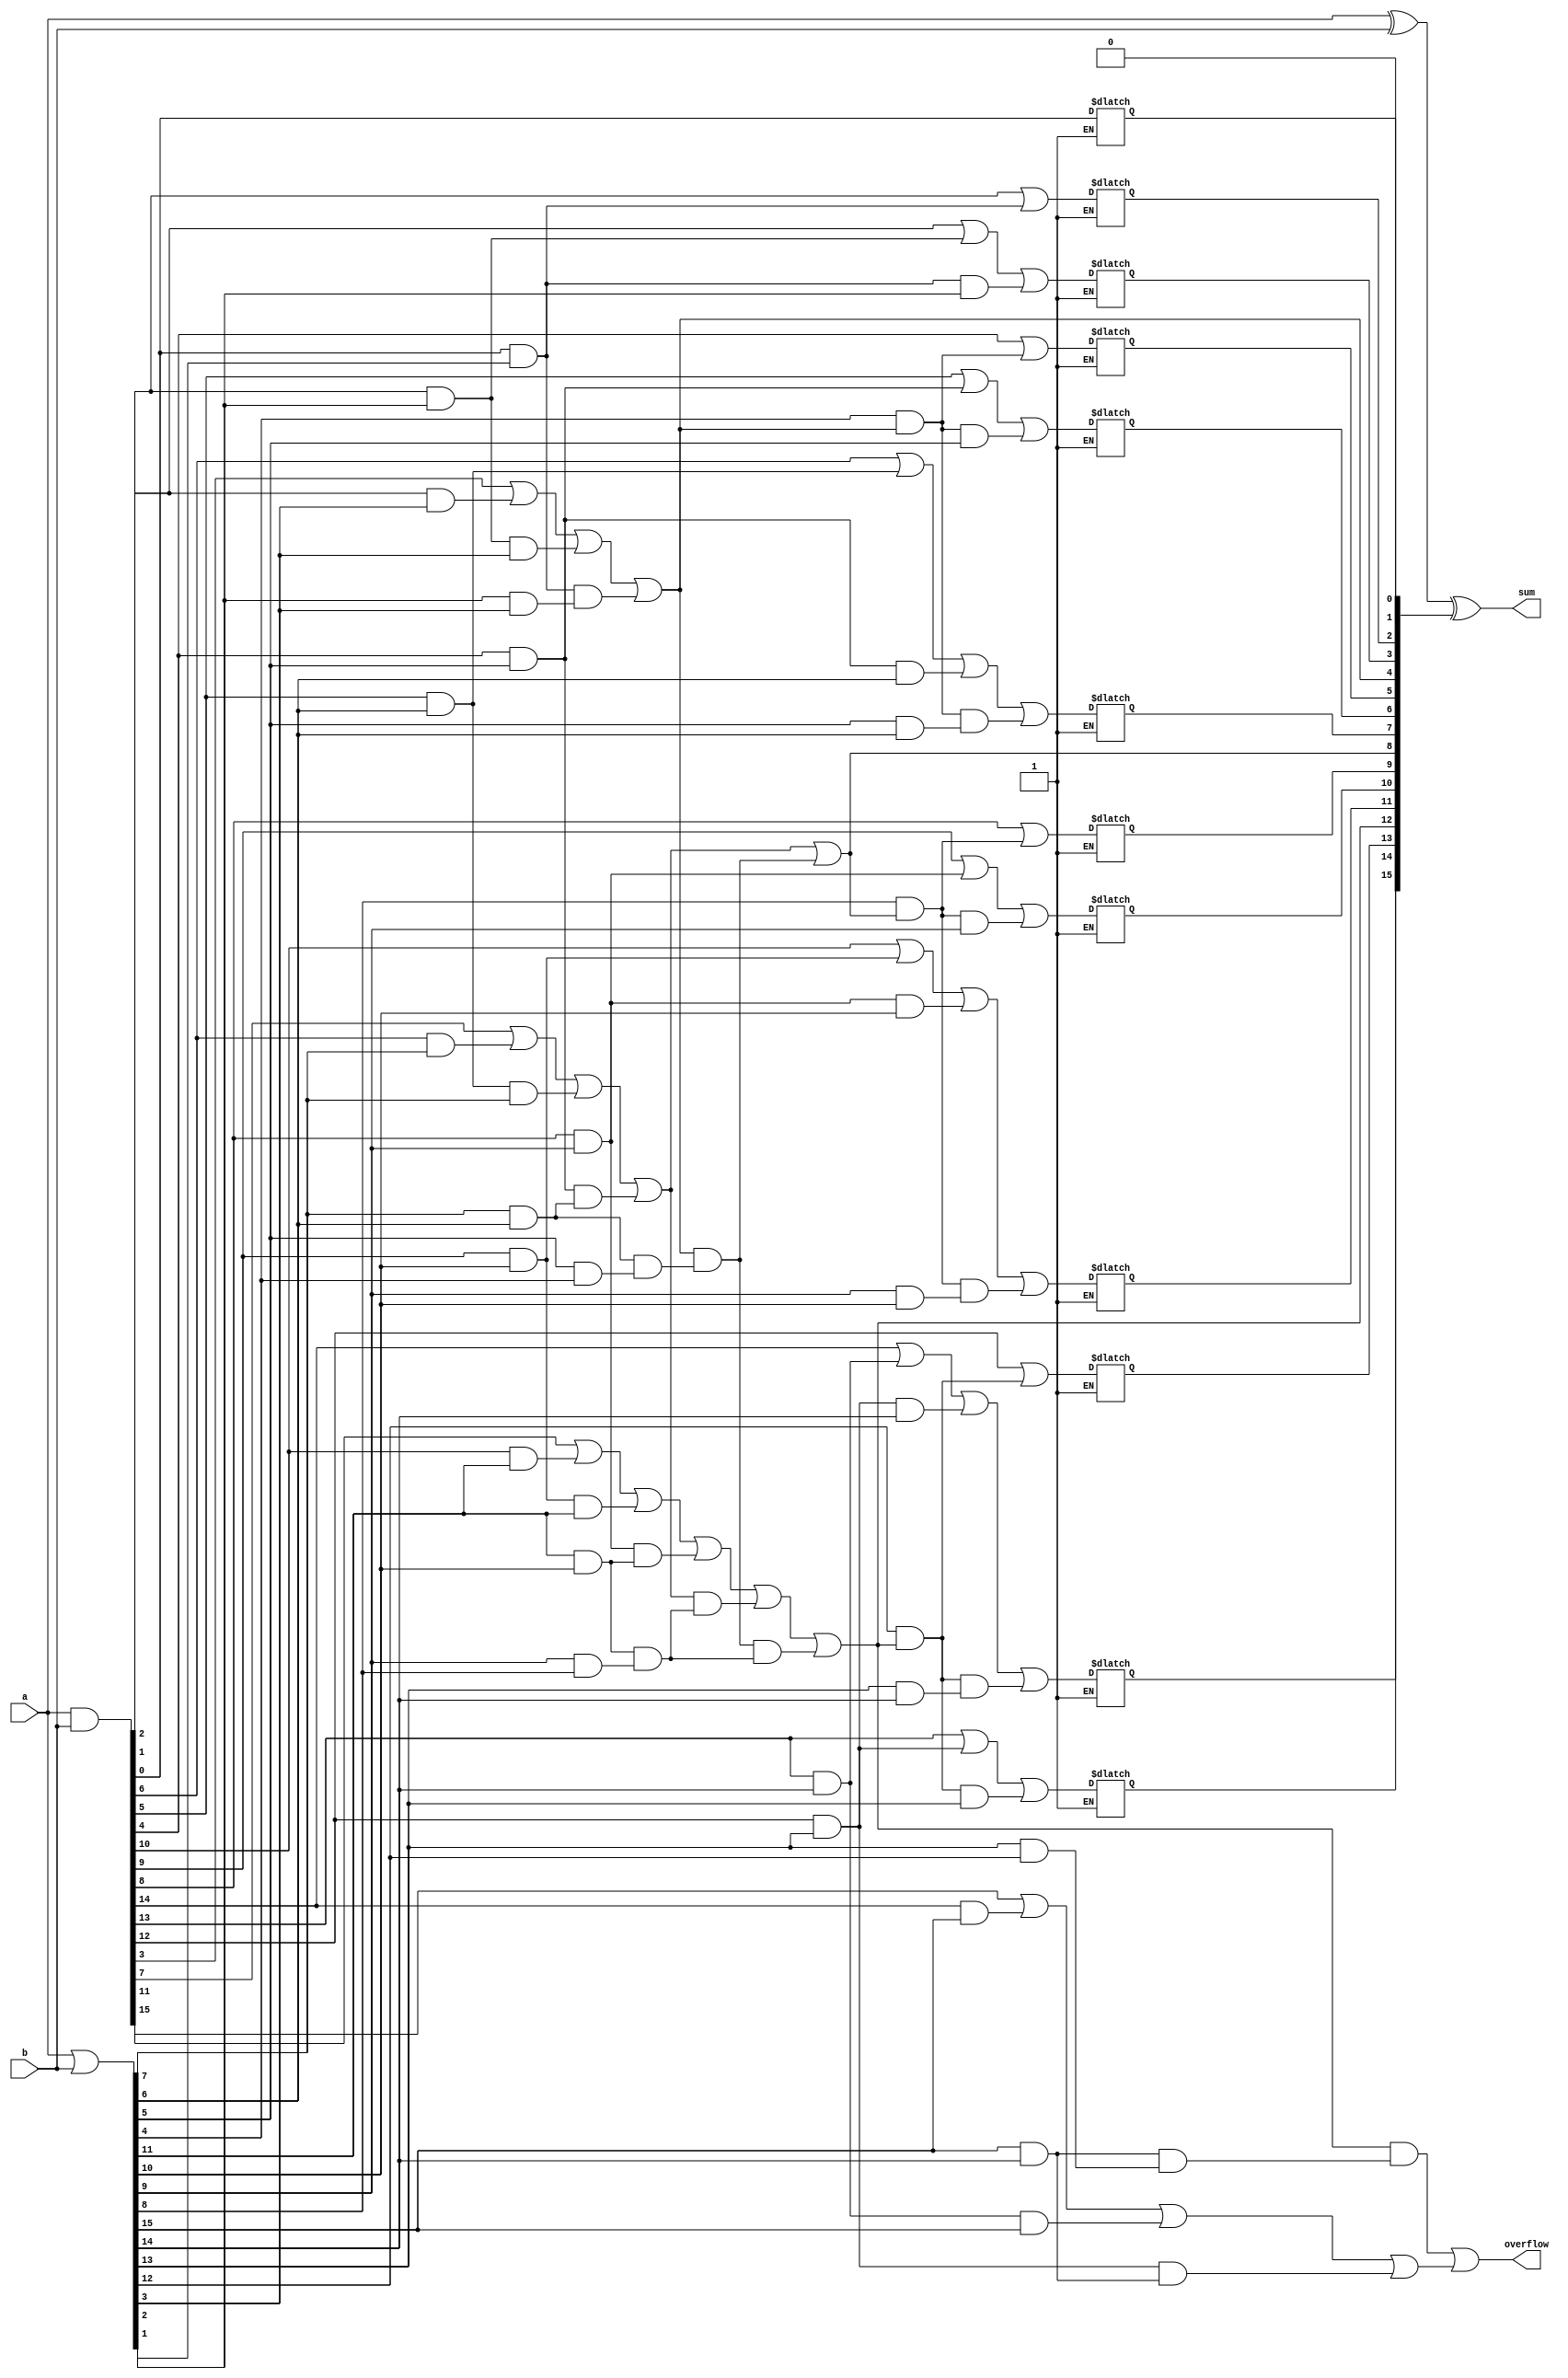
module carry_lookahead_adder (a, b, sum, overflow);
    input wire[15:0] a;
    input wire[15:0] b;
    output reg[15:0] sum;
    output reg overflow;
    reg[15:0] c;
    wire [15:0] p, g;
    assign p = a | b;
    assign g = a & b;
    wire [3:0] P,G;
    assign P[0] = (p[3] & p[2]) & (p[1] & p[0]);
    assign P[1] = (p[7] & p[6]) & (p[5] & p[4]);
    assign P[2] = (p[11] & p[10]) & (p[9] & p[8]);
    assign P[3] = (p[15] & p[14]) & (p[13] & p[12]);
    assign G[0] = ((g[3] | (g[2] & p[3])) | (g[1] & p[2] & p[3])) | ((g[0] & p[1]) & (p[2] & p[3]));
    assign G[1] = ((g[7] | (g[6] & p[7])) | (g[5] & p[6] & p[7])) | ((g[4] & p[5]) & (p[6] & p[7]));
    assign G[2] = ((g[11] | (g[10] & p[11])) | (g[9] & p[10] & p[11])) | ((g[8] & p[9]) & (p[10] & p[11]));
    assign G[3] = ((g[15] | (g[14] & p[15])) | (g[13] & p[14] & p[15])) | ((g[12] & p[13]) & (p[14] & p[15]));
    wire [3:0] in;
    assign in[0] = 0;
    assign in[1] = G[0];
    assign in[2] = G[1] | (G[0] & P[1]);
    assign in[3] = (G[2] | (G[1] & P[2])) | (G[0] & P[1] & P[2]);
    integer i, j;
    always @(*) begin
        overflow <= (in[3] & P[3]) | G[3];
        for (i = 0;i < 4; i = i + 1) begin
            j = i * 4;
            c[j] <= in[i];
            c[j+1] <= g[j] | (p[j] & in[i]);
            c[j+2] <= (g[j+1] | (g[j] & p[j+1])) | (in[i] & p[j] & p[j+1]);
            c[j+3] <= ((g[j+2] | (g[j+1] & p[j+2])) | (g[j] & p[j+1] & p[j+2])) | ((in[i] & p[j]) & (p[j+1] & p[j+2]));
        end
        sum = a ^ b ^ c;
    end 
endmodule